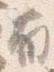
有